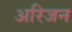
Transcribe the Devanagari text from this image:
अरिजन